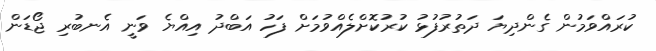
ކުރައްވަމުން ގެންދިޔަ ދަތުރުފުޅު ކުރުކޮށްލެއްވުމަށް ފަހު އަބްދު އިއްޔެ ވަނީ އެނބުރި ޖޯޑަން